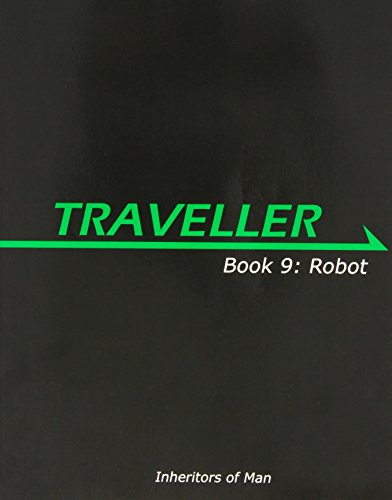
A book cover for Traveller: Book 9: Robot (MGP3849); Pete Nash; Science Fiction & Fantasy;